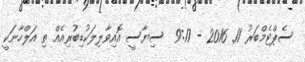
ސެޕްޓެމްބަރު 11